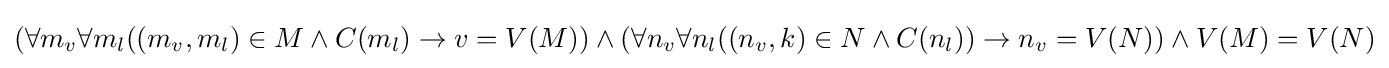
(\forall m_{v}\forall m_{l}((m_{v},m_{l})\in M\land C(m_{l})\to v=V(M))\land (\forall n_{v}\forall n_{l}((n_{v},k)\in N\land C(n_{l}))\to n_{v}=V(N))\land V(M)=V(N)